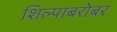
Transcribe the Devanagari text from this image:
शिल्पाबरोबर